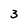
Character: 3